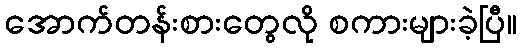
အောက်တန်းစားတွေလို စကားများခဲ့ပြီ။